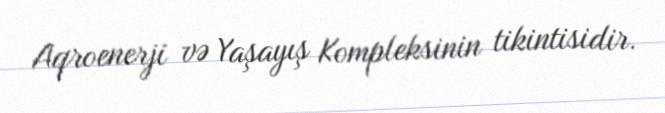
Aqroenerji və Yaşayış Kompleksinin tikintisidir.